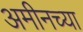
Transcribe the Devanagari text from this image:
अमीनच्या